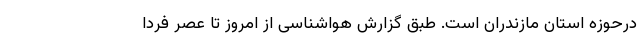
درحوزه استان مازندران است. طبق گزارش هواشناسی از امروز تا عصر فردا